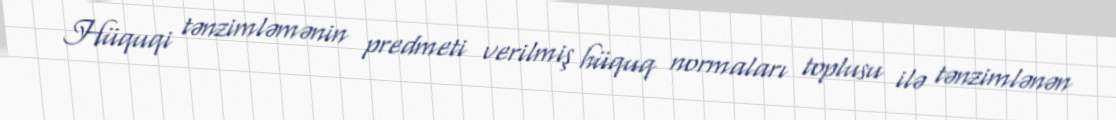
Hüquqi tənzimləmənin predmeti verilmiş hüquq normaları toplusu ilə tənzimlənən